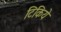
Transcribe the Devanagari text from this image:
टिकिये